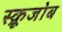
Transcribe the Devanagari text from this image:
स्क्रूजोब